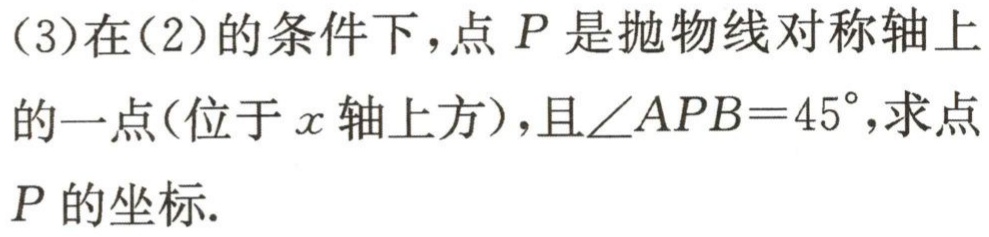
(3)在(2)的条件下，点 \(P\) 是抛物线对称轴上的一点(位于 \(x\) 轴上方)，且\(\angle APB = 45^{\circ}\)，求点 \(P\) 的坐标.